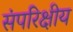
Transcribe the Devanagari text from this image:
संपरिक्षीय